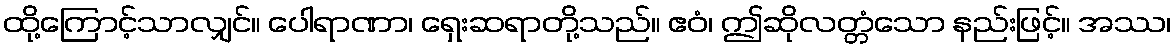
ထို့ကြောင့်သာလျှင်။ ပေါရာဏာ၊ ရှေးဆရာတို့သည်။ ဧဝံ၊ ဤဆိုလတ္တံသော နည်းဖြင့်။ အဿ၊